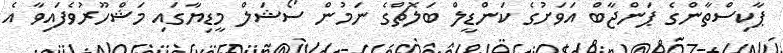
ޕާކިސްތާންގެ ޕަންޖާބް އަވަށުގެ ކަންޑީލް ބަލޮޗްގެ ނަމުން ސޯޝަލް މީޑިޔާގައި މަޝްހޫރުވެފައިވާ އެ